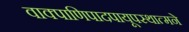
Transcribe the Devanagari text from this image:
वाक्पाणिपादपायूपस्थात्मने